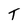
Character: T